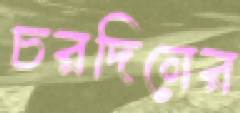
চরদিনের